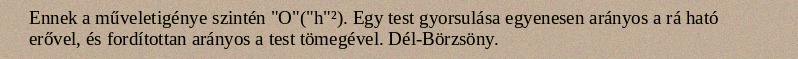
Ennek a műveletigénye szintén "O"("h"²). Egy test gyorsulása egyenesen arányos a rá ható erővel, és fordítottan arányos a test tömegével. Dél-Börzsöny.